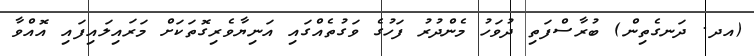
(އދ. ދަނގެތިން) ބުރާސްފަތި ދުވަހު މެންދުރު ފަހުގެ ވަގުތެއްގައި އަނިޔާވެރިގޮތަކަށް މަރައިލައިފައި އޮއްވާ